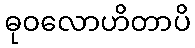
ဓုဝလောဟိတာပိ